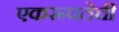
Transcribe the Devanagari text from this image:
एकरूपतेची